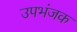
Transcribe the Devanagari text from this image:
उपभंजक